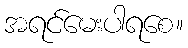
အရင်မေးပါရစေ။